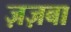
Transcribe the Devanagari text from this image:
ज़ज़बा